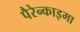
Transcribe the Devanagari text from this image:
पैरेन्काइमा